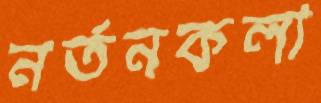
নর্তনকলা